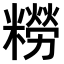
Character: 𫃑